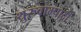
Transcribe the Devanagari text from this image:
थुरुवाम्पादी